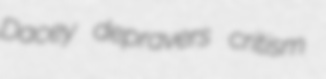
Dacey depravers critism